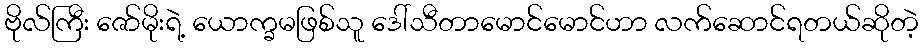
ဗိုလ်ကြီး ဇော်မိုးရဲ့ ယောက္ခမဖြစ်သူ ဒေါ်သီတာမောင်မောင်ဟာ လက်ဆောင်ရတယ်ဆိုတဲ့